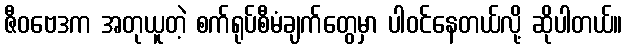
ဇီဝဗေဒက အတုယူတဲ့ စက်ရုပ်စီမံချက်တွေမှာ ပါဝင်နေတယ်လို့ ဆိုပါတယ်။